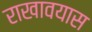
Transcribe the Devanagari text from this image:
राखावयास